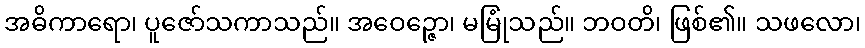
အဓိကာရော၊ ပူဇော်သကာသည်။ အဝေဉ္ဇော၊ မမြုံသည်။ ဘဝတိ၊ ဖြစ်၏။ သဖလော၊